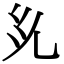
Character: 𭀜